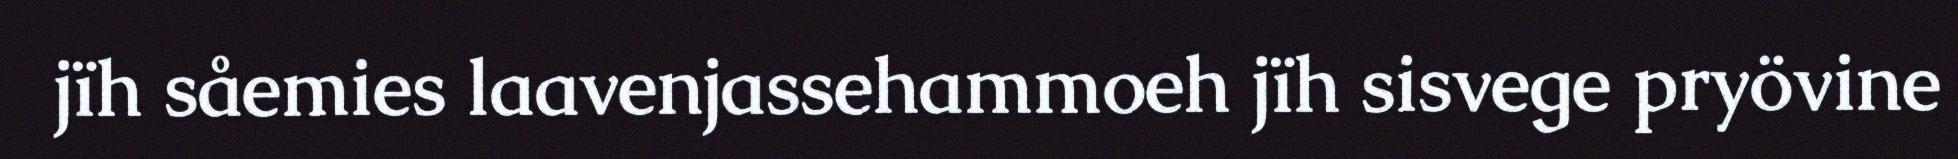
jïh såemies laavenjassehammoeh jïh sisvege pryövine